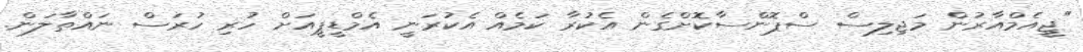
"ޖީއެމްއާރުން މަޖިލިސް ސްޕޮންސާކޮށްގެން އެކުރާ ކަމެއް އެކުރަނީ އެމްޑީޕީއަށް ހުރި ހުރަސް ނައްތާލަން.